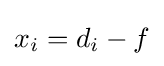
{\textstyle x_{i}=d_{i}-f}